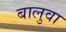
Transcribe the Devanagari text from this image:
बालुवा